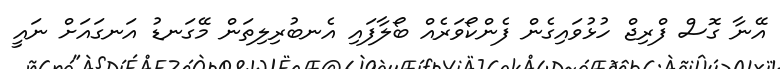
އޭނާ ގޮސް ފްރިޖް ހުޅުވައިގެން ފެންކޯވަރެއް ބޯލާފައި އެނބުރިލިތަން މޭގަނޑު އަނގައަށް ނައީ